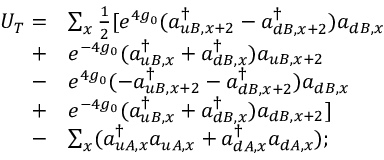
\begin{array} { r l } { U _ { T } = } & { \sum _ { x } \frac { 1 } { 2 } [ e ^ { 4 g _ { 0 } } ( a _ { u B , x + 2 } ^ { \dagger } - a _ { d B , x + 2 } ^ { \dagger } ) a _ { d B , x } } \\ { + } & { e ^ { - 4 g _ { 0 } } ( a _ { u B , x } ^ { \dagger } + a _ { d B , x } ^ { \dagger } ) a _ { u B , x + 2 } } \\ { - } & { e ^ { 4 g _ { 0 } } ( - a _ { u B , x + 2 } ^ { \dagger } - a _ { d B , x + 2 } ^ { \dagger } ) a _ { d B , x } } \\ { + } & { e ^ { - 4 g _ { 0 } } ( a _ { u B , x } ^ { \dagger } + a _ { d B , x } ^ { \dagger } ) a _ { d B , x + 2 } ] } \\ { - } & { \sum _ { x } ( a _ { u A , x } ^ { \dagger } a _ { u A , x } + a _ { d A , x } ^ { \dagger } a _ { d A , x } ) ; } \end{array}